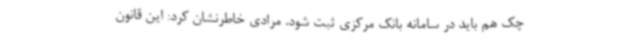
چک هم باید در سامانه بانک مرکزی ثبت شود. مرادی خاطرنشان کرد: این قانون